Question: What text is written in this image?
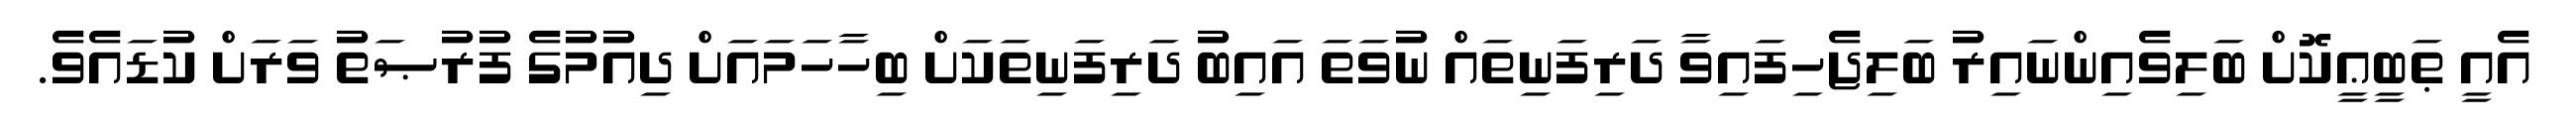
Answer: އެއީ ޠަބީޢީކޮށް ބަލިވެއިންނައިރު ބަލިޖެހިފައިވާ ދަރިފަނިތައް ނުވަތަ އައިބު ދަރިފަނިތަކަށް ބިހާހަމައަށް ދިއުމުގެ ފުރުޞަތު ވަރަށް ކުޑައެވެ.